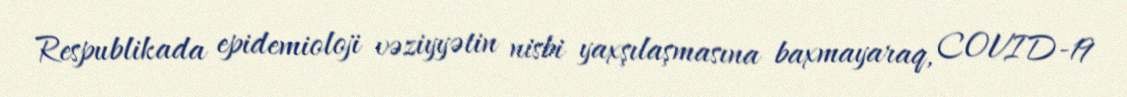
Respublikada epidemioloji vəziyyətin nisbi yaxşılaşmasına baxmayaraq, COVID-19